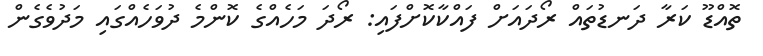
ތޮއްޑޫ ކަރާ ދަނޑުތައް ރޯދައަށް ފައްކާކޮށްފައި: ރޯދަ މަހެއްގެ ކޮންމެ ދުވަހެއްގައި މަދުވެގެން